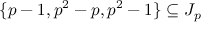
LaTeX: \{ p - 1 , p ^ { 2 } - p , p ^ { 2 } - 1 \} \subseteq J _ { p }